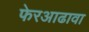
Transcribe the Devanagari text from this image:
फेरआढावा